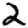
Digit: 2